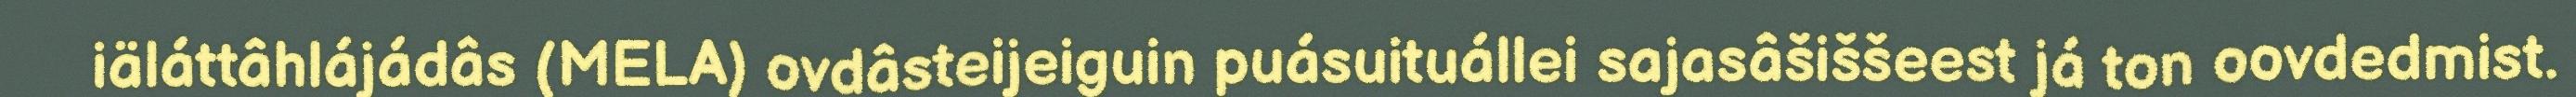
iäláttâhlájádâs (MELA) ovdâsteijeiguin puásuituállei sajasâšiššeest já ton oovdedmist.